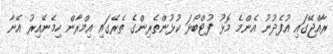
ރާއްޖޭގައި އުފެދުނު އެންމެ މޮޅު ފުޓްބޯޅަ ކުޅުންތެރިންގެ ތެރޭގައި އިމްރާން ހިމެނޭއިރު އޭނާ